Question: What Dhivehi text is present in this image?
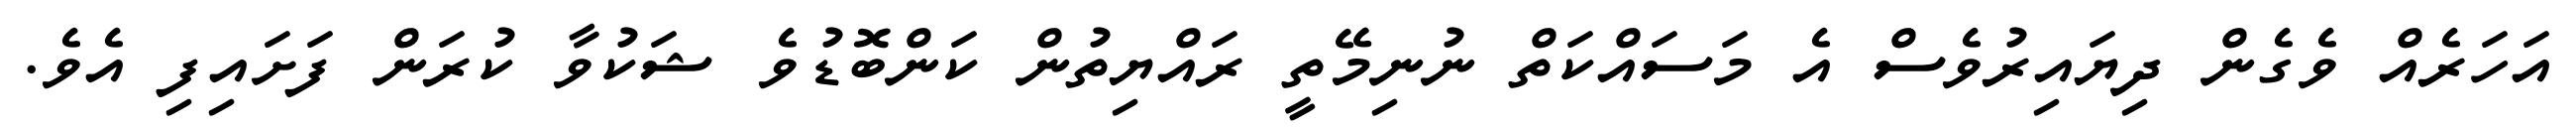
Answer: އަހަރެއް ވެގެން ދިޔައިރުވެސް އެ މަސައްކަތް ނުނިމޭތީ ރައްޔިތުން ކަންބޮޑުވެ ޝަކުވާ ކުރަން ފަށައިފި އެވެ.